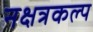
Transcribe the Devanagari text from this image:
नक्षत्रकल्प